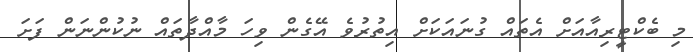
މި ބެކްޓީރިއާއަށް އެތައް ގުނައަކަށް އިތުރުވެ އޭގެން ވިހަ މާއްދާތައް ނުކުންނަން ފަށަ